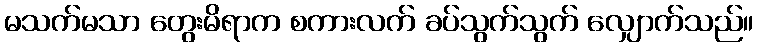
မသက်မသာ တွေးမိရာက စကားလက် ခပ်သွက်သွက် လျှောက်သည်။